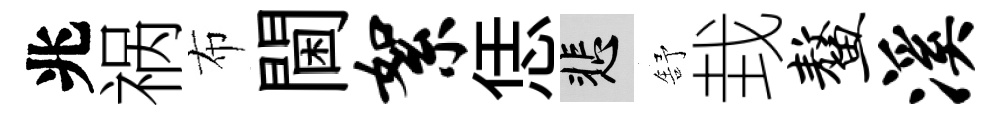
兆祸布閫絮恁悲舒㘽鳌溪